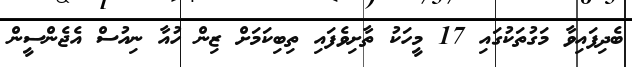
ބެދިފައިވާ މަގުތަކުގައި 17 މީހަކު ތާށިވެފައި ތިބިކަމަށް ޒިން ހުއާ ނިއުސް އެޖެންސީން